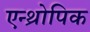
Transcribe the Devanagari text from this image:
एन्थ्रोपिक